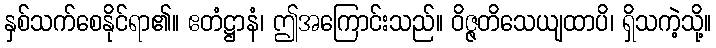
နှစ်သက်စေနိုင်ရာ၏။ ဧတံဋ္ဌာနံ၊ ဤအကြောင်းသည်။ ဝိဇ္ဇတိသေယျထာပိ၊ ရှိသကဲ့သို့။